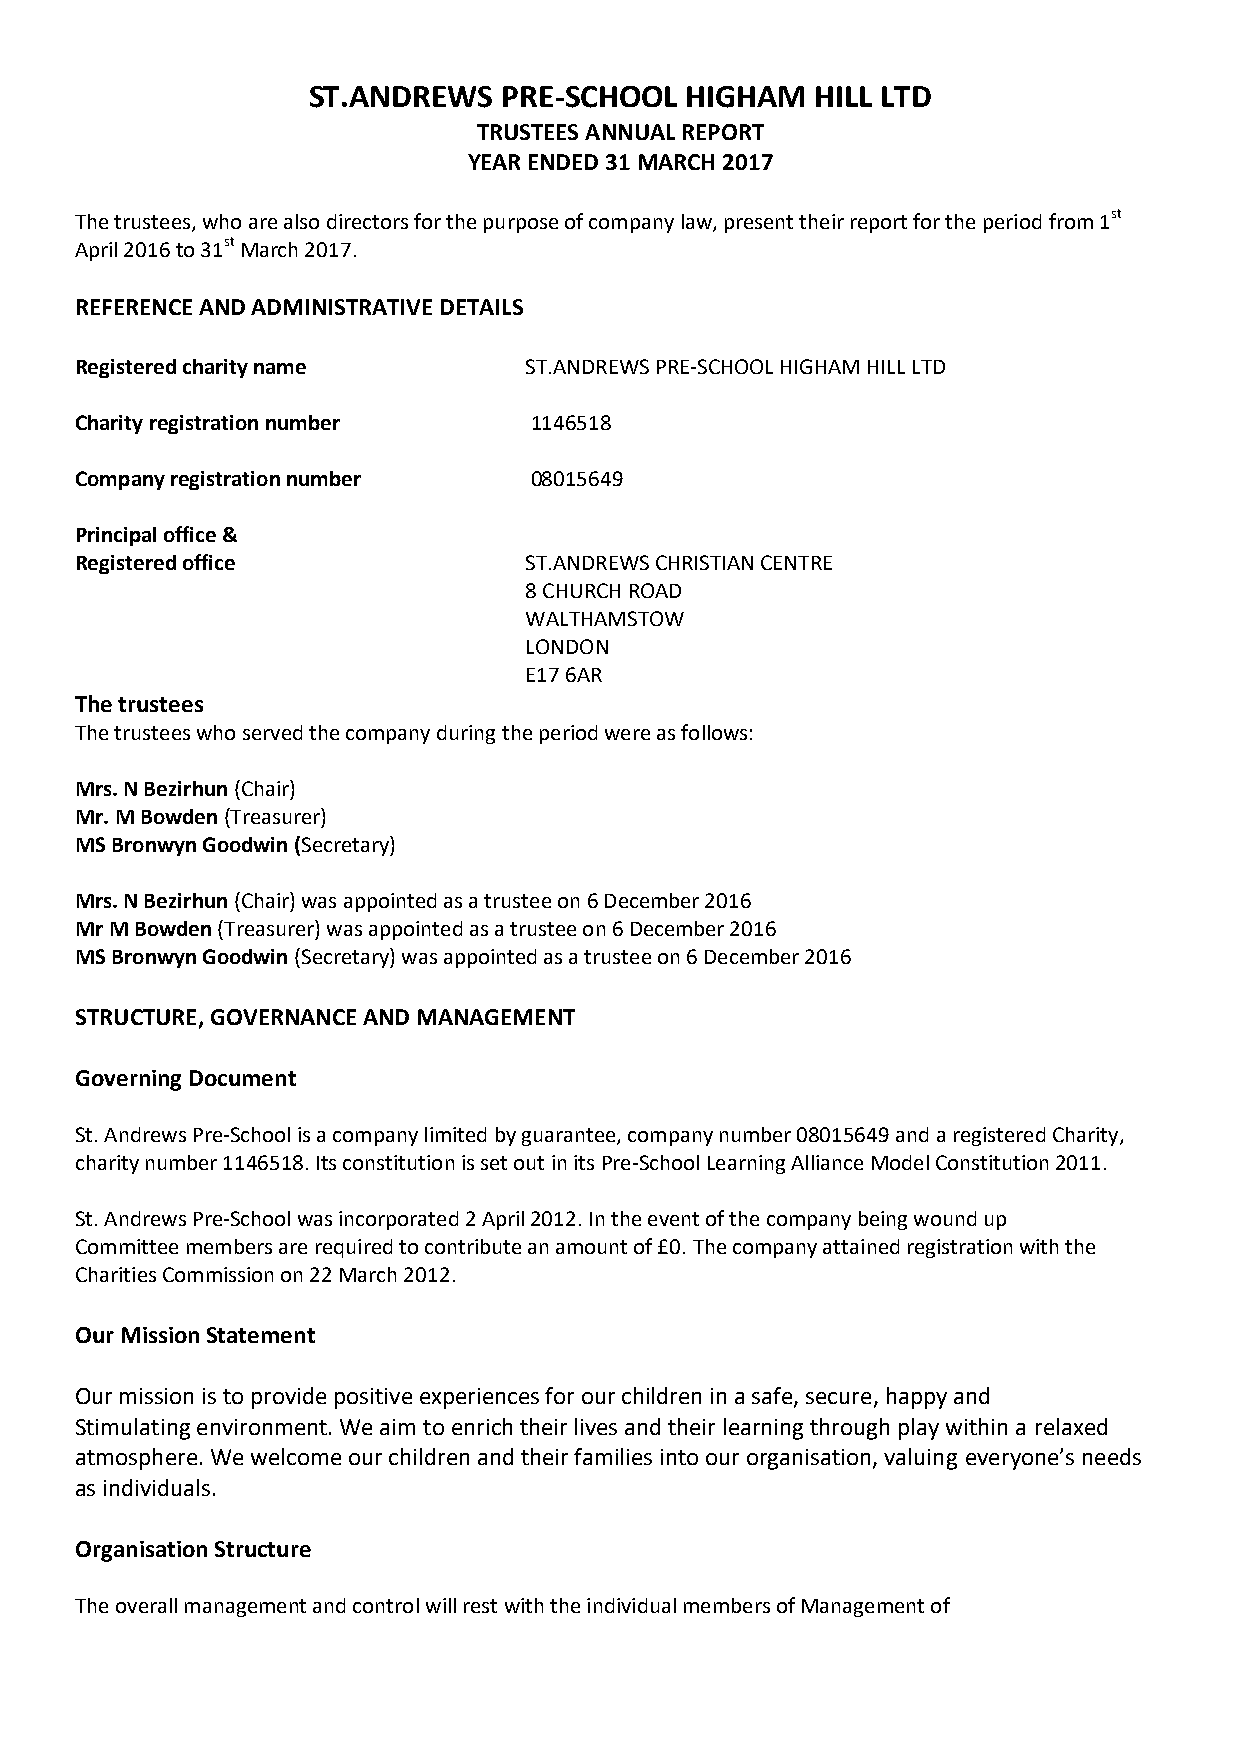
ST.ANDREWS   PRE-SCHOOL  HIGHAM   HILL LTD
 TRUSTEES ANNUAL REPORT
 YEAR ENDED 31MARCH 2017
 The trustees, who are also directors for the purpose of company law, present their report for the periodfrom 1st
 April 2016to 31stMarch 2017.
 REFERENCE AND ADMINISTRATIVE DETAILS
 Registered charity name       ST.ANDREWS PRE-SCHOOL HIGHAM HILLLTD
 Charity registration number   1146518
 Company registration number   08015649
 Principal office &
 Registered office             ST.ANDREWS CHRISTIAN CENTRE
 8 CHURCH ROAD
 WALTHAMSTOW
 LONDON
 E17 6AR
 The trustees
 The trustees who served the company duringthe period were as follows:
 Mrs. N Bezirhun(Chair)
 Mr.M Bowden(Treasurer)
 MS Bronwyn Goodwin (Secretary)
 Mrs. N Bezirhun(Chair) was appointed as a trustee on6 December 2016
 Mr M Bowden(Treasurer) was appointed as a trustee on6 December 2016
 MSBronwyn Goodwin(Secretary)was appointed as a trustee on 6 December 2016
 STRUCTURE, GOVERNANCE AND MANAGEMENT
 Governing Document
 St. AndrewsPre-School isa company limited by guarantee, company number 08015649 and a registeredCharity,
 charity number 1146518. Its constitution is set out in itsPre-SchoolLearning AllianceModel Constitution2011.
 St. AndrewsPre-Schoolwas incorporated 2 April 2012. In the event of the company being wound up
 Committeemembers are required to contribute an amount of £0. The company attained registration with the
 CharitiesCommission on 22 March 2012.
 Our Mission Statement
 Our mission is to provide positive experiences for our children in a safe, secure, happy and
 Stimulatingenvironment. We aim to enrich their lives and their learning through play within a relaxed
 atmosphere. We welcome our children and their families into our organisation, valuing everyone’s needs
 as individuals.
 Organisation Structure
 The overall management and control will rest with the individual members of Management of